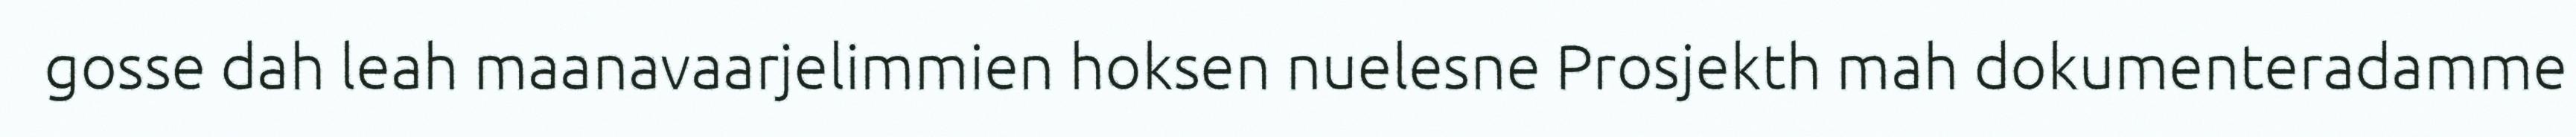
gosse dah leah maanavaarjelimmien hoksen nuelesne Prosjekth mah dokumenteradamme